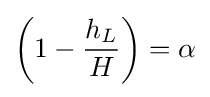
{\left(1-{\frac {h_{L}}{H}}\right)}=\alpha